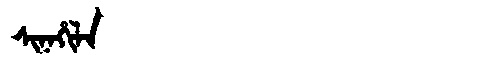
Manchu: ᠰᡳᠨᠠᡥᡳᠯᠠ
Romanization: SINAHILA